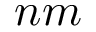
n m